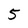
Character: 5